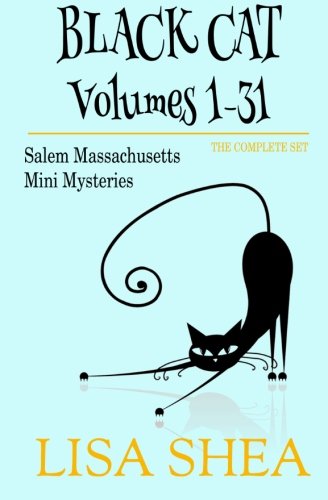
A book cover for Black Cat Vols. 1-31 - The Salem Massachusetts Mini Mysteries; Lisa Shea; Mystery, Thriller & Suspense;